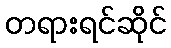
တရားရင်ဆိုင်